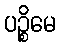
ပဉ္စိမေ